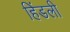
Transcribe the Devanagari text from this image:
हिंडली